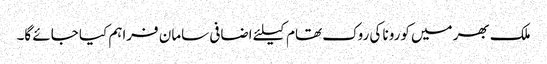
ملک بھر میں کورونا کی روک تھام کیلئے اضافی سامان فراہم کیا جائے گا۔